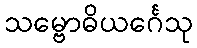
သမ္ဗောဓိယင်္ဂေသု